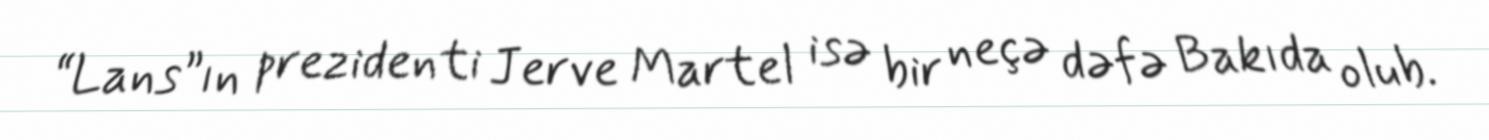
“Lans”ın prezidenti Jerve Martel isə bir neçə dəfə Bakıda olub.